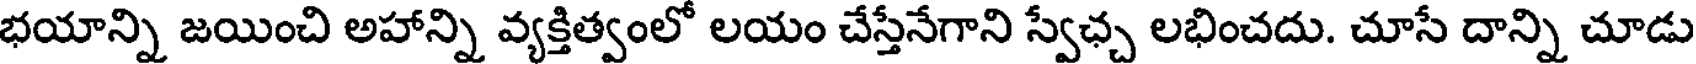
భయాన్ని జయించి అహాన్ని వ్యక్తిత్వంలో లయం చేస్తేనేగాని స్వేఛ్చ లభించదు. చూసే దాన్ని చూడు